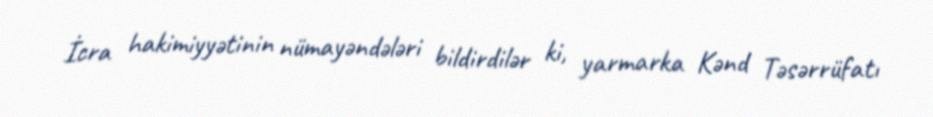
İcra hakimiyyətinin nümayəndələri bildirdilər ki, yarmarka Kənd Təsərrüfatı